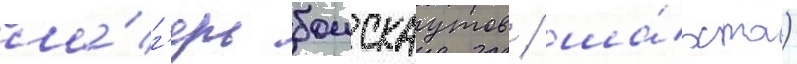
ла́г'ерь боискаутов / ша́хта)